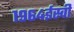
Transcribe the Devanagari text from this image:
१९६४ईस्वी